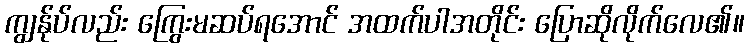
ကျွန်ုပ်လည်း ကြွေးမဆပ်ရအောင် အထက်ပါအတိုင်း ပြောဆိုလိုက်လေ၏။